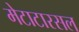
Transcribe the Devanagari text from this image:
मेटाटारसल